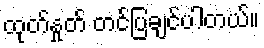
ထုတ်နှုတ် တင်ပြချင်ပါတယ်။